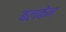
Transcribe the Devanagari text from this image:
बलकेन